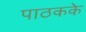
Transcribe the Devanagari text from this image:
पाठकके